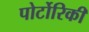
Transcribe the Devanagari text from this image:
पोर्टोरिकी